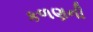
કળણની